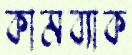
কামব্যাক